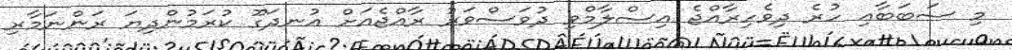
މި ސަބަބާއި ހުރެ ދިވެހިރާއްޖެ އިސްލާމްވި ދުވަސްވަރު ރާއްޖެއަށް އުނދަގޫ ކުރަަމުންދިޔަ ރަންނަމާރި